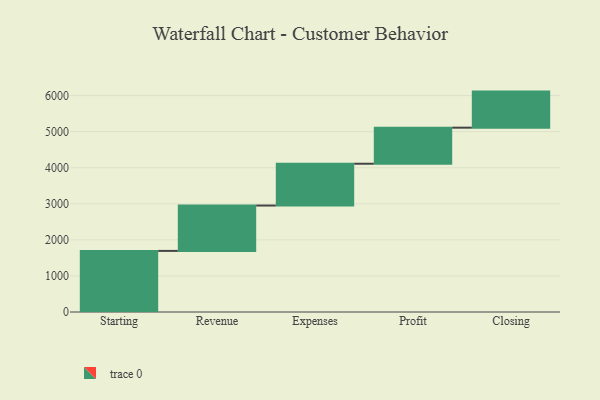
{"axis": {"x": "Step", "y": "Value"}, "legend": [""], "data": [{"x": "Starting", "y": 1694.0, "type": ""}, {"x": "Revenue", "y": 1258.0, "type": ""}, {"x": "Expenses", "y": 1159.0, "type": ""}, {"x": "Profit", "y": 1000, "type": ""}, {"x": "Closing", "y": 1000, "type": ""}]}